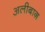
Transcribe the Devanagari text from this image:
अलीबाग़